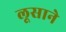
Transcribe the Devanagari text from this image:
लूसाने